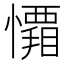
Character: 𭟑